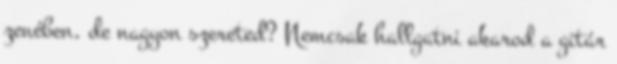
zenében, de nagyon szereted? Nemcsak hallgatni akarod a gitár